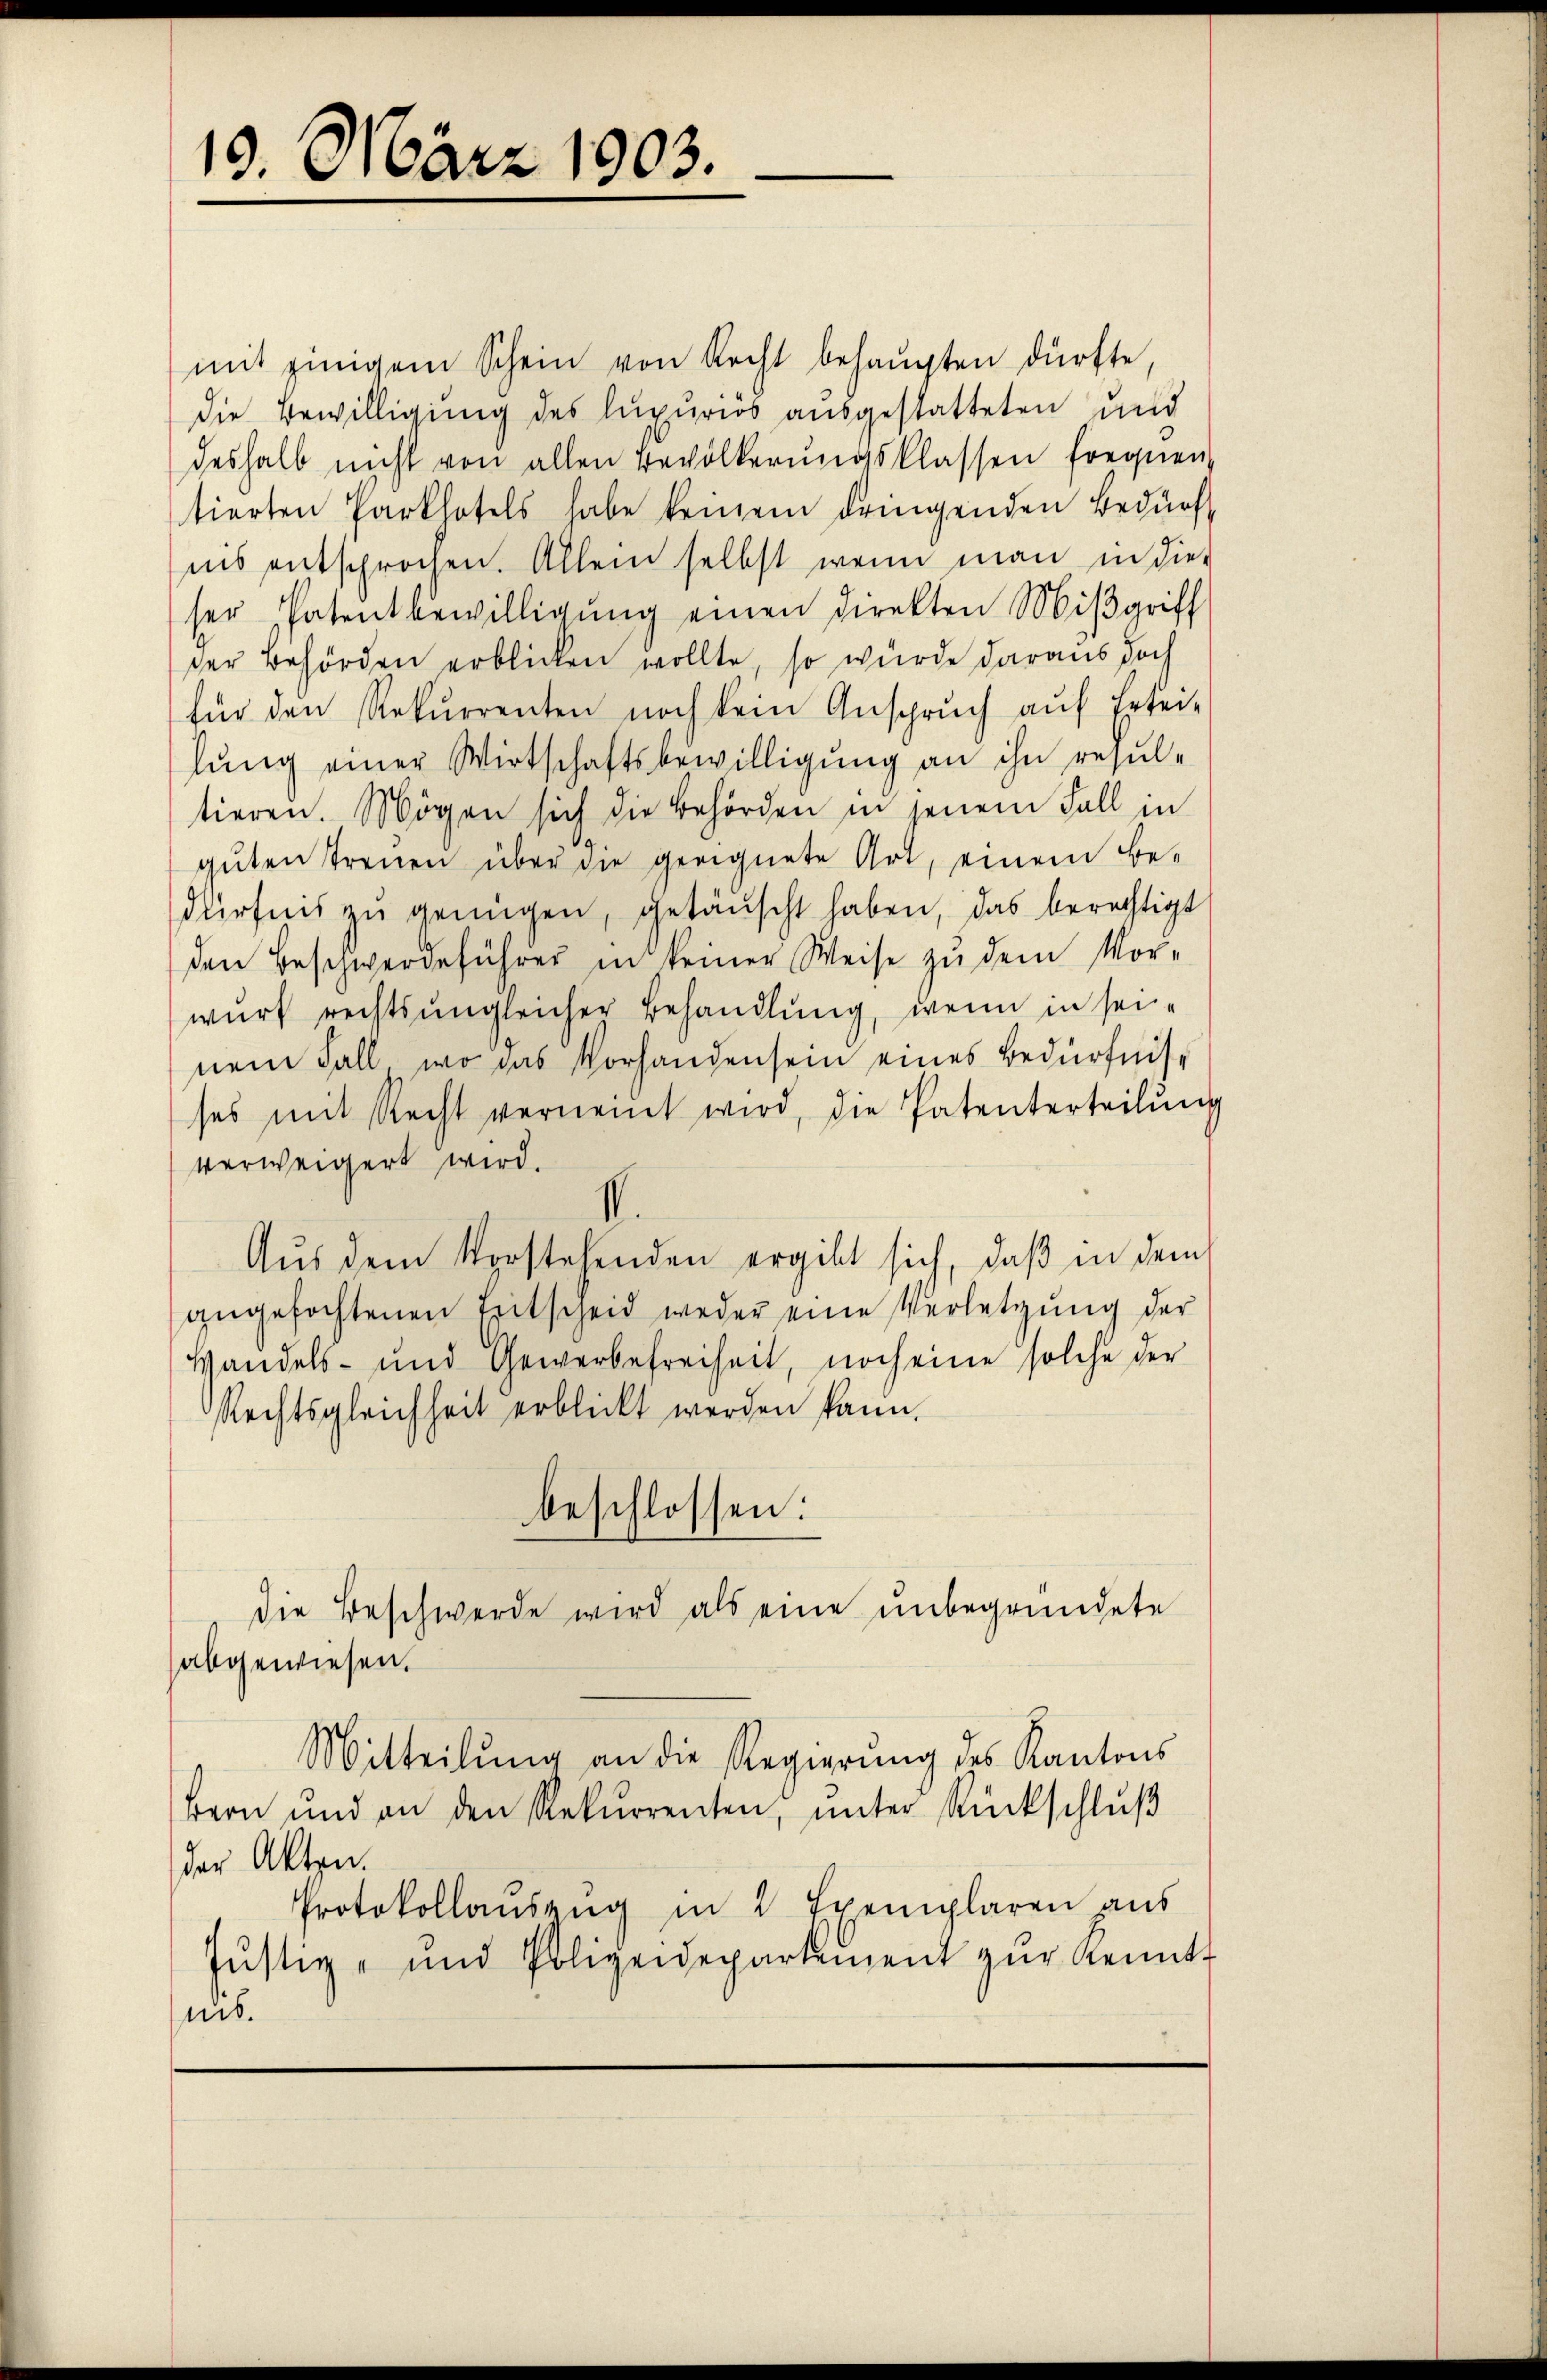
19. März 1903.

mit einigem Schein von Recht behaŭpten dürfte,
die Bewilligung des lupurios ausgestatteten und
deshalb nicht von allen Bevölkerŭngsklassen frequen
tierten Parkhotels habe keinem dringenden Bedürf
ins entsprochen. Allein selbst wenn man in dies
ser Patentbewilligŭng einen Direkten Mißgriff
der Behörden erblicken wollte, so wurde daraus doch
für den Rekurrenten noch kein Anspruch auf Ertei-
lŭng einer Wirtschaftsbewilligung an ihn resul-
tieren. Mögen sich die Behörden in jenem Fall in
guten Treuen über die geeignete Art, einem Be-
dürfnis zŭ genügen, getäuscht haben, das berechtigt
den Beschwerdeführer in keiner Weise zŭ dem Vor-
wurf rechts ungleicher Behandlung, wenn in seinem Fall, wo das Vorhanden sein eines Bedürfnisses mit Recht verneint wird, die Patenterteilŭng
verweigert wird.
I.
Aus dem Vorstehenden ergibt sich, daβ in dem
angefochtenen Entscheid weder eine Verletzung der
Handels- und Gewerbefreiheit, noch eine solche der
Rechtsgleichheit erblickt werden kann.
beschlossen:
die Beschwerde wird als eine unbegründete
abgewiesen.
Mitteilŭng an die Regierŭng des Kantons
Bern und an den Rekurrenten, ŭnter Rückschlŭβ
der Akten.
Protokollaŭszŭg in 2 Exemplaren aus
Jŭstiz- und Polizeidepartement zŭr Kenntt
nis.